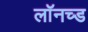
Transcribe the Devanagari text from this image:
लॉनच्ड